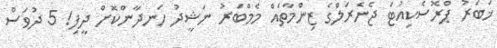
ޚަބަރު ޕްރޮސެކިއުޓަ ޖެނެރަލްގެ ޒިންމާތައް މެމްބަރު ނަޝީދު ހަނދާންކޮށް ދީފި! 5 ދުވަސް